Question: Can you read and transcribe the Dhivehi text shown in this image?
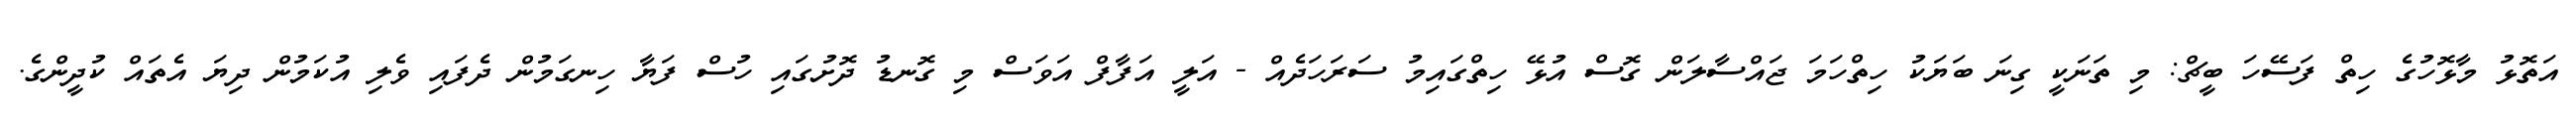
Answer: އަތޮޅު މާޅޮހުގެ ހިތް ފަސޭހަ ބީޗް: މި ތަނަކީ ގިނަ ބަޔަކު ހިތްހަމަ ޖައްސާލަން ގޮސް އުޅޭ ހިތްގައިމު ސަރަހަދެއް - އަލީ އަފާފް އަވަސް މި ގޮނޑު ދޮށުގައި ހުސް ފަޔާ ހިނގަމުން ދެފައި ވެލި އުކަމުން ދިޔަ އެތައް ކުދީންގެ.